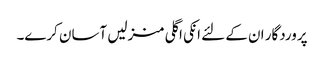
پروردگار ان کے لئے انکی اگلی منزلیں آسان کرے۔